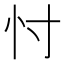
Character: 忖